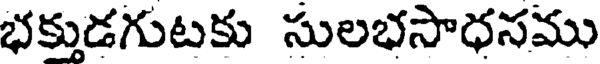
భక్తుడగుటకు సులభసాధనము